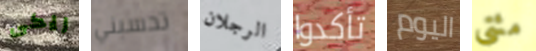
ريكى تحسبني الرجلان تأكدوا اليوم مئتي